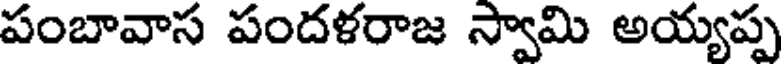
పంబావాస పందళరాజ స్వామి అయ్యప్ప